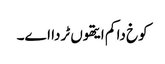
کوخ دا کم ایتھوں ٹردا اے۔